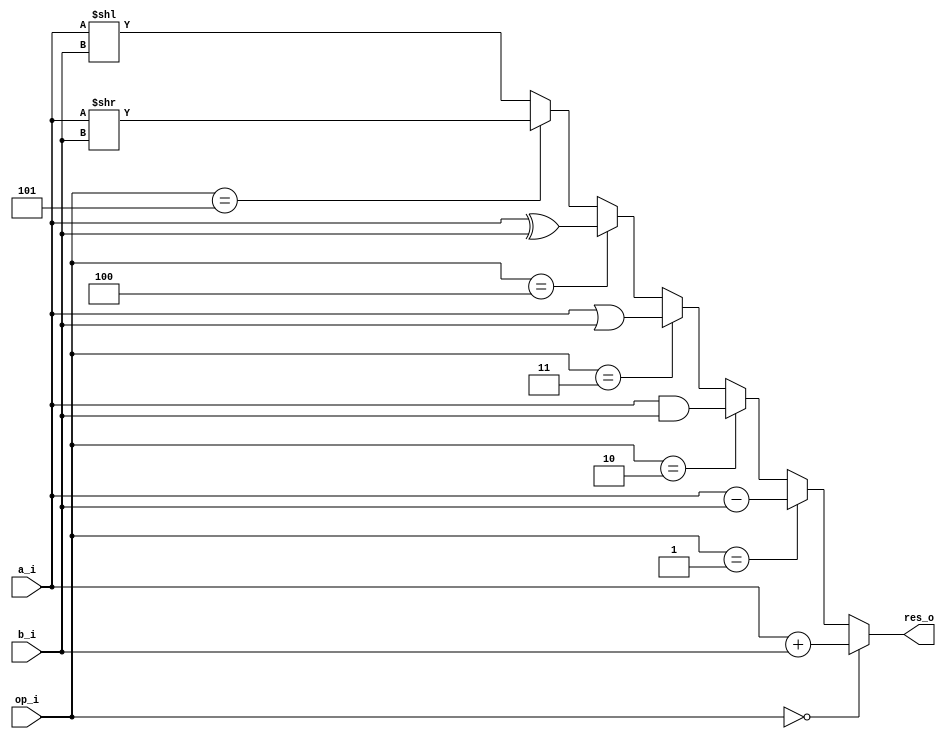
module alu (a_i,b_i,op_i,res_o);

    input wire [7:0]a_i;
    input wire [7:0]b_i;
    input wire [2:0]op_i;

    output reg [7:0]res_o;

    always @(*) begin

   if (op_i==3'b000) begin
     res_o = a_i + b_i; //add
   end
    else if (op_i==3'b001) begin
     res_o = a_i - b_i; //sub
   end
   else if (op_i==3'b010) begin
     res_o = a_i & b_i; //and
   end
   else if (op_i==3'b011) begin
     res_o = a_i | b_i;//or
   end
   else if (op_i==3'b100) begin
     res_o = a_i ^ b_i;//xor
   end
   else if (op_i==3'b101) begin
     res_o = a_i >> b_i; //shiftright
   end
   else begin
     res_o = a_i << b_i; //shiftleft
   end
end
endmodule